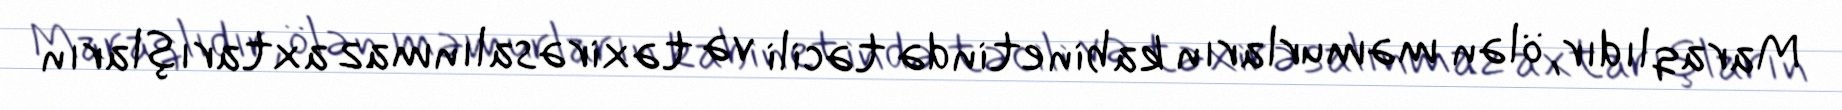
Maraqlıdır, ölən məmurların kabinetində təcili və təxirəsalınmaz axtarışların